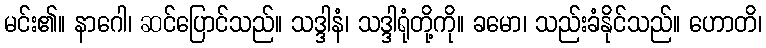
မင်း၏။ နာဂေါ၊ ဆင်ပြောင်သည်။ သဒ္ဒါနံ၊ သဒ္ဒါရုံတို့ကို။ ခမော၊ သည်းခံနိုင်သည်။ ဟောတိ၊